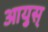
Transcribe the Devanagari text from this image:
आयुस्‌